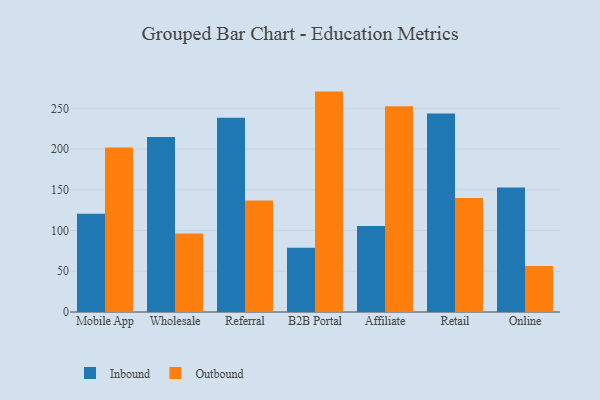
{"axis": {"x": "Channel", "y": "Waste Production (Tons)"}, "legend": ["Inbound", "Outbound"], "data": [{"x": "Mobile App", "y": 120.6, "type": "Inbound"}, {"x": "Mobile App", "y": 201.8, "type": "Outbound"}, {"x": "Wholesale", "y": 214.9, "type": "Inbound"}, {"x": "Wholesale", "y": 96.4, "type": "Outbound"}, {"x": "Referral", "y": 238.4, "type": "Inbound"}, {"x": "Referral", "y": 136.9, "type": "Outbound"}, {"x": "B2B Portal", "y": 78.8, "type": "Inbound"}, {"x": "B2B Portal", "y": 270.5, "type": "Outbound"}, {"x": "Affiliate", "y": 105.7, "type": "Inbound"}, {"x": "Affiliate", "y": 252.5, "type": "Outbound"}, {"x": "Retail", "y": 243.6, "type": "Inbound"}, {"x": "Retail", "y": 139.9, "type": "Outbound"}, {"x": "Online", "y": 152.7, "type": "Inbound"}, {"x": "Online", "y": 56.4, "type": "Outbound"}]}